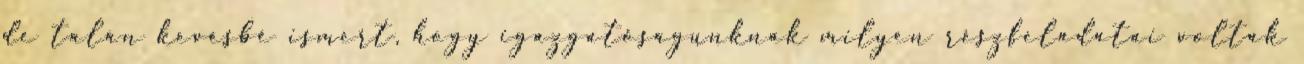
de talán kevésbé ismert, hogy igazgatóságunknak milyen részfeladatai voltak